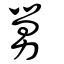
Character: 舅